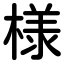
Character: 様